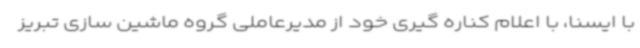
با ایسنا، با اعلام کناره گیری خود از مدیرعاملی گروه ماشین سازی تبریز